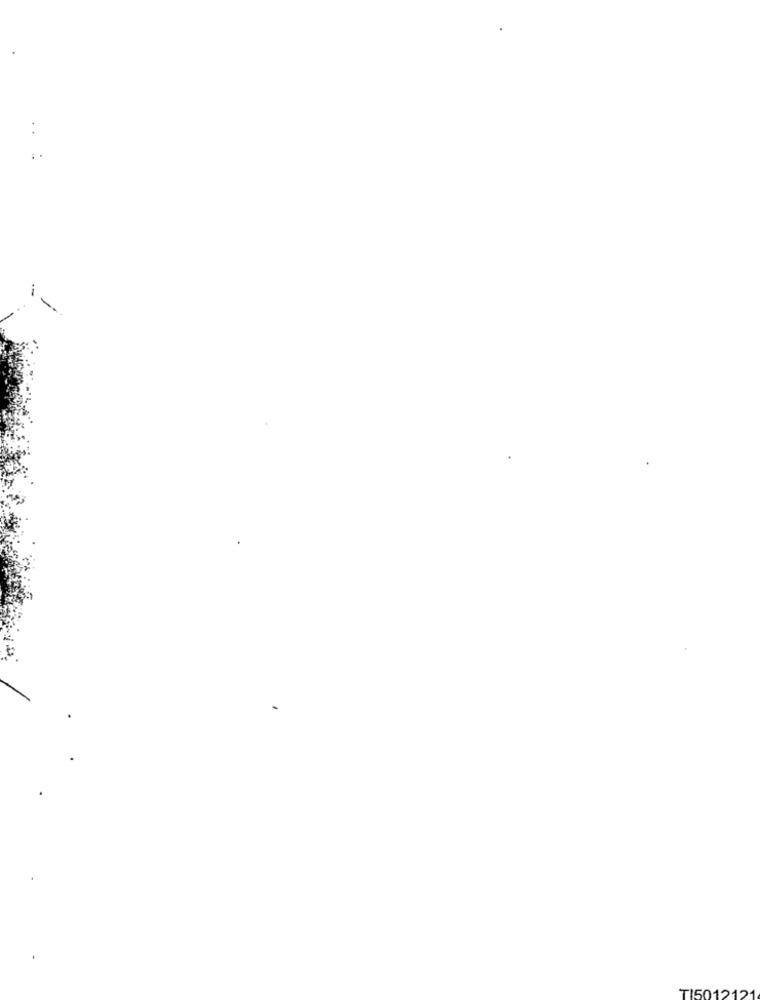
TI5012121